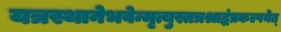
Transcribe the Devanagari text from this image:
यत्रस्थानेभवेन्मृत्युस्तत्रश्राद्धंप्रकल्पयेत्